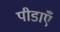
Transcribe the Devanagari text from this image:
पीडाएँ